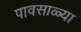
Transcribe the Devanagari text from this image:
पावसाळ्या